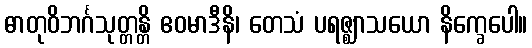
ဓာတုဝိဘင်္ဂသုတ္တန္တိ ဧဝမာဒီနိ၊ တေသံ ပရဇ္ဈာသယော နိက္ခေပေါ။